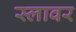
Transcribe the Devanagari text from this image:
स्लावर